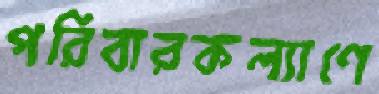
পরিবারকল্যাণে